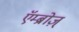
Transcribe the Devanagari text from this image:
एॅम्ब्रोज़्